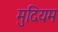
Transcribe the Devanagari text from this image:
मुदियम